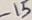
Text: -15